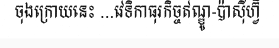
ចុងក្រោយនេះ ...វេទិកាធុរកិច្ចឥណ្ឌូ-ប៉ាស៊ីហ្វ៊ិ